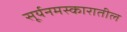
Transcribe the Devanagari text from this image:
सूर्यनमस्कारातील